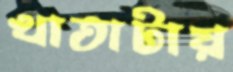
খাতাটায়